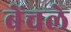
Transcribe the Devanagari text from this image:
बेंचले